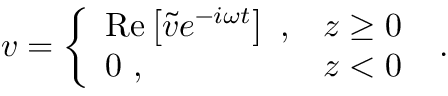
v = \left\{ \begin{array} { l l } { \mathrm { R e } \left[ \tilde { v } e ^ { - i \omega t } \right] ~ , } & { z \geq 0 } \\ { 0 ~ , } & { z < 0 } \end{array} \right. ~ .